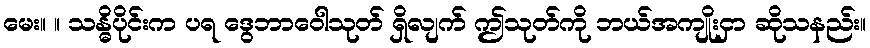
မေး။ ။ သန္ဓိပိုင်းက ပရ ဒွေဘာဝေါသုတ် ရှိလျက် ဤသုတ်ကို ဘယ်အကျိုးငှာ ဆိုသနည်း။